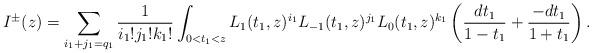
LaTeX: \begin{align*}I^{\pm}(z)=\sum_{i_1+j_1=q_1}\frac{1}{i_1!j_1!k_1!}\int_{0<t_1<z}L_1(t_1,z)^{i_1}L_{-1}(t_1,z)^{j_1}L_0(t_1,z)^{k_1}\left(\frac{dt_1}{1-t_1}+\frac{-dt_1}{1+t_1}\right).\end{align*}